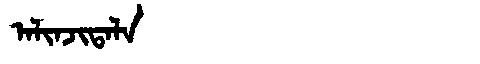
Manchu: ᠠᠯᡳᠨᠵᡳᡨᠠᠯᠠ
Romanization: ALINJITALA